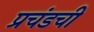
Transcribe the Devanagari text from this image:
प्रचंडची